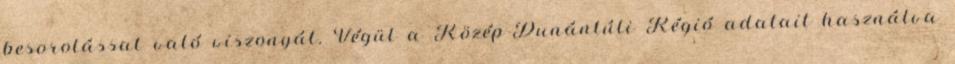
besorolással való viszonyát. Végül a Közép-Dunántúli Régió adatait használva